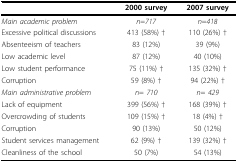
<table><thead><tr><td></td><td><b>2000 survey</b></td><td><b>2007 survey</b></td></tr></thead><tbody><tr><td><i>Main academic problem</i></td><td><i>n</i>=<i>717</i></td><td><i>n</i>=<i>418</i></td></tr><tr><td>Excessive political discussions</td><td>413 (58%) †</td><td>110 (26%) †</td></tr><tr><td>Absenteeism of teachers</td><td>83 (12%)</td><td>39 (9%)</td></tr><tr><td>Low academic level</td><td>87 (12%)</td><td>40 (10%)</td></tr><tr><td>Low student performance</td><td>75 (11%) †</td><td>135 (32%) †</td></tr><tr><td>Corruption</td><td>59 (8%) †</td><td>94 (22%) †</td></tr><tr><td><i>Main administrative problem</i></td><td><i>n</i>= <i>710</i></td><td><i>n</i>= <i>429</i></td></tr><tr><td>Lack of equipment</td><td>399 (56%) †</td><td>168 (39%) †</td></tr><tr><td>Overcrowding of students</td><td>109 (15%) †</td><td>18 (4%) †</td></tr><tr><td>Corruption</td><td>90 (13%)</td><td>50 (12%)</td></tr><tr><td>Student services management</td><td>62 (9%) †</td><td>139 (32%) †</td></tr><tr><td>Cleanliness of the school</td><td>50 (7%)</td><td>54 (13%)</td></tr></tbody></table>